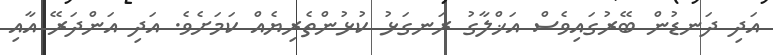
އަދި ދަނޑުން ބޭރުގައިވެސް އަޚްލާގު ރަނގަޅު ކުޅުންތެރިޔެއް ކަމަށެވެ. އަދި އަންދަރޭ އާއި